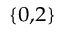
_ { \{ 0 , 2 \} }